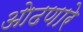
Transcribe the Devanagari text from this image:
ओढणारे